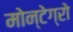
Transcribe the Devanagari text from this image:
मोन्टेग्रो